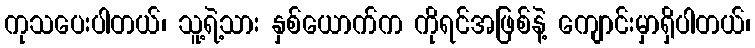
ကုသပေးပါတယ်၊ သူ့ရဲ့သား နှစ်ယောက်က ကိုရင်အဖြစ်နဲ့ ကျောင်းမှာရှိပါတယ်၊